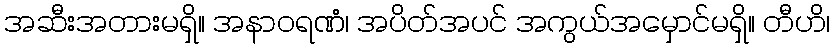
အဆီးအတားမရှိ။ အနာဝရဏံ၊ အပိတ်အပင် အကွယ်အမှောင်မရှိ။ တီဟိ၊